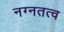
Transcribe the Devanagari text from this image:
नग्नतत्व